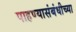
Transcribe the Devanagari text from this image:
पाहण्यासंबंधीच्या